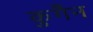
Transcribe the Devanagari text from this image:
कुगैन